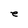
Character: e